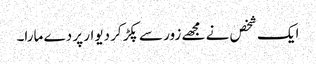
ایک شخص نے مجھے زور سے پکڑ کر دیوار پر دے مارا۔